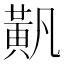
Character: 𬹐